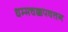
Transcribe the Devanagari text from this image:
धम्मचक्कपवत्तन